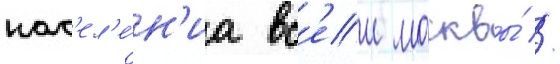
нас'ел'е́н'иа вс'еи москвы́ //